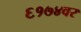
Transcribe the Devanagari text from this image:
६१७४वर